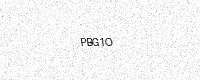
Text: PBG1O